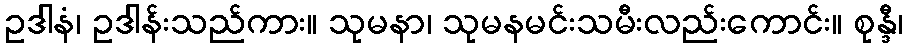
ဥဒါနံ၊ ဥဒါန်းသည်ကား။ သုမနာ၊ သုမနမင်းသမီးလည်းကောင်း။ စုန္ဒီ၊